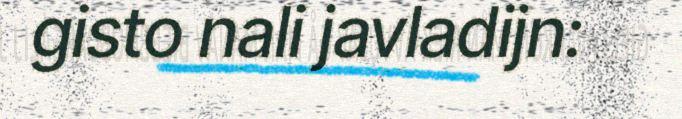
gisto nali javladijn: